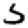
Digit: 5